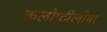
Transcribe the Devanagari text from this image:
कलोप्टीलीया